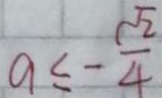
a \leq - \frac { \sqrt { 2 } } { 4 }